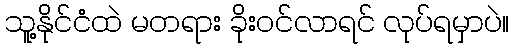
သူ့နိုင်ငံထဲ မတရား ခိုးဝင်လာရင် လုပ်ရမှာပဲ။